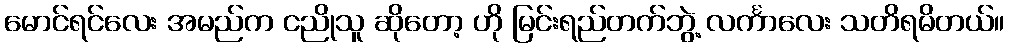
မောင်ရင်လေး အမည်က ငညိုသူ ဆိုတော့ ဟို မြင်းရည်တက်ဘွဲ့ လင်္ကာလေး သတိရမိတယ်။